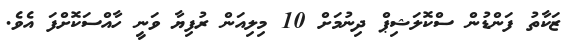
ޒަކާތު ފަންޑުން ސްކޮލަޝިޕް ދިނުމަށް 10 މިލިއަން ރުފިޔާ ވަނީ ހާއްސަކޮށްފަ އެވެ.